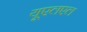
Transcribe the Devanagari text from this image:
यूएलएल